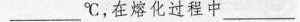
___℃，在熔化过程中___